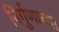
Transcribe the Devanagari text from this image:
निर्गुणाच्या